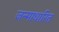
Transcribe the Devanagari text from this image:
जन्‍माधारित